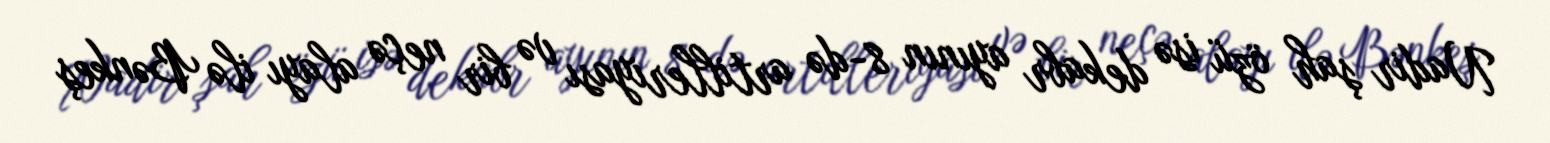
Nadir şah özü isə dekabr ayının 8-də artilleriyası və bir neçə alayı ilə Bənkeş